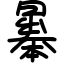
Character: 曓